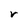
Character: r